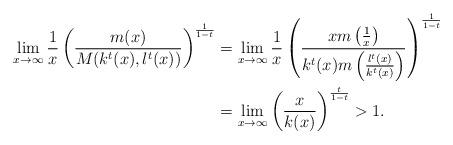
LaTeX: \begin{align*}\lim_{x\to\infty}\frac{1}{x}\left(\frac{m(x)}{M(k^t(x),l^t(x))}\right)^{\frac{1}{1-t}}&=\lim_{x\to\infty}\frac{1}{x}\left(\frac{xm\left(\frac{1}{x}\right)}{k^t(x)m\left(\frac{l^t(x)}{k^t(x)}\right)}\right)^{\frac{1}{1-t}}\\&=\lim_{x\to\infty}\left(\frac{x}{k(x)}\right)^{\frac{t}{1-t}}>1.\end{align*}